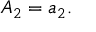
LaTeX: A _ { 2 } = a _ { 2 } .